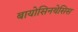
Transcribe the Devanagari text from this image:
बायोसिनथेसिस